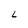
Character: L